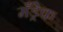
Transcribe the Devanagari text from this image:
मँड्रेक